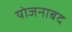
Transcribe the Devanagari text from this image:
योजनाबद